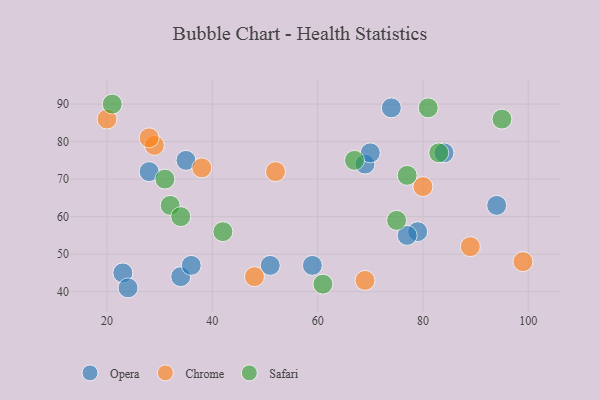
{"axis": {"x": "GDP", "y": "Life Expectancy"}, "legend": ["Chrome", "Opera", "Safari"], "data": [{"x": "28", "y": 72, "type": "Opera"}, {"x": "34", "y": 44, "type": "Opera"}, {"x": "35", "y": 75, "type": "Opera"}, {"x": "23", "y": 45, "type": "Opera"}, {"x": "84", "y": 77, "type": "Opera"}, {"x": "94", "y": 63, "type": "Opera"}, {"x": "74", "y": 89, "type": "Opera"}, {"x": "24", "y": 41, "type": "Opera"}, {"x": "79", "y": 56, "type": "Opera"}, {"x": "59", "y": 47, "type": "Opera"}, {"x": "77", "y": 55, "type": "Opera"}, {"x": "69", "y": 74, "type": "Opera"}, {"x": "51", "y": 47, "type": "Opera"}, {"x": "36", "y": 47, "type": "Opera"}, {"x": "70", "y": 77, "type": "Opera"}, {"x": "20", "y": 86, "type": "Chrome"}, {"x": "89", "y": 52, "type": "Chrome"}, {"x": "99", "y": 48, "type": "Chrome"}, {"x": "38", "y": 73, "type": "Chrome"}, {"x": "48", "y": 44, "type": "Chrome"}, {"x": "29", "y": 79, "type": "Chrome"}, {"x": "52", "y": 72, "type": "Chrome"}, {"x": "69", "y": 43, "type": "Chrome"}, {"x": "80", "y": 68, "type": "Chrome"}, {"x": "28", "y": 81, "type": "Chrome"}, {"x": "42", "y": 56, "type": "Safari"}, {"x": "32", "y": 63, "type": "Safari"}, {"x": "61", "y": 42, "type": "Safari"}, {"x": "77", "y": 71, "type": "Safari"}, {"x": "21", "y": 90, "type": "Safari"}, {"x": "34", "y": 60, "type": "Safari"}, {"x": "95", "y": 86, "type": "Safari"}, {"x": "81", "y": 89, "type": "Safari"}, {"x": "67", "y": 75, "type": "Safari"}, {"x": "83", "y": 77, "type": "Safari"}, {"x": "31", "y": 70, "type": "Safari"}, {"x": "75", "y": 59, "type": "Safari"}]}